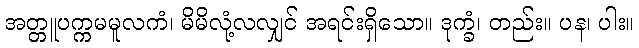
အတ္တူပက္ကမမူလကံ၊ မိမိလုံ့လလျှင် အရင်းရှိသော။ ဒုက္ခံ၊ တည်း။ ပန၊ ပါး။